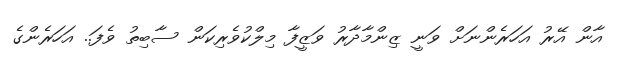
އާން އޭރު އަހަރެންނަށް ވަނީ ޒިންމާދާރު ވަޒީފާ މިލްކުވެރިކަން ސާބިތު ވެފަ.. އަހަރެންގެ